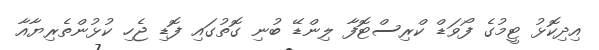
އިދިކޮޅު ޓީމުގެ ފޯވަޑް ކްރިސްޓޮފާ ލިންޑޭ ބުނި ގޮތުގައި ފޮޑި ޖެހި ކުޅުންތެރިޔާއާ